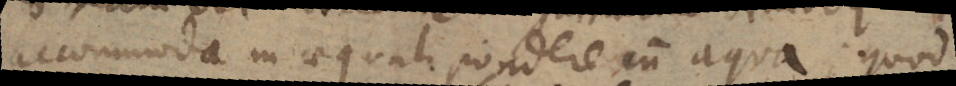
accommoda in aequali pondere cum aqua; quod